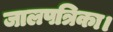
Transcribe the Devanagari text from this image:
जालपत्रिका।